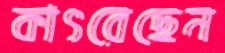
কাৎরেছেন